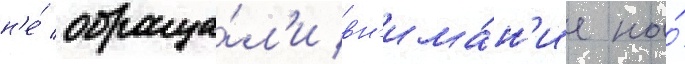
н'е́ обраща́л'и вн'има́н'ие на́